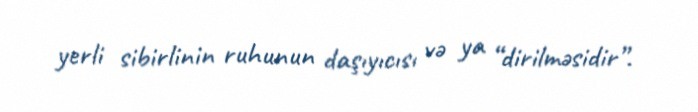
yerli sibirlinin ruhunun daşıyıcısı və ya “dirilməsidir”.